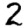
Digit: 2